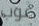
غوب